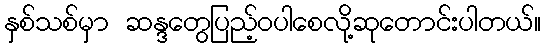
နှစ်သစ်မှာ ဆန္ဒတွေပြည့်ဝပါစေလို့ဆုတောင်းပါတယ်။